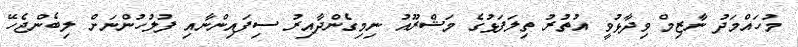
މުހައްމަދު ނާޒިމް ވިދާޅުވީ އުތުރު ތިލަފަޅުގެ މަޝްރޫއު ނިމިގެންދާއިރު ސިފައިންނާއި ފުލުހުންނަށް ލިބެންޖެހޭ